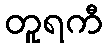
တူရကီ